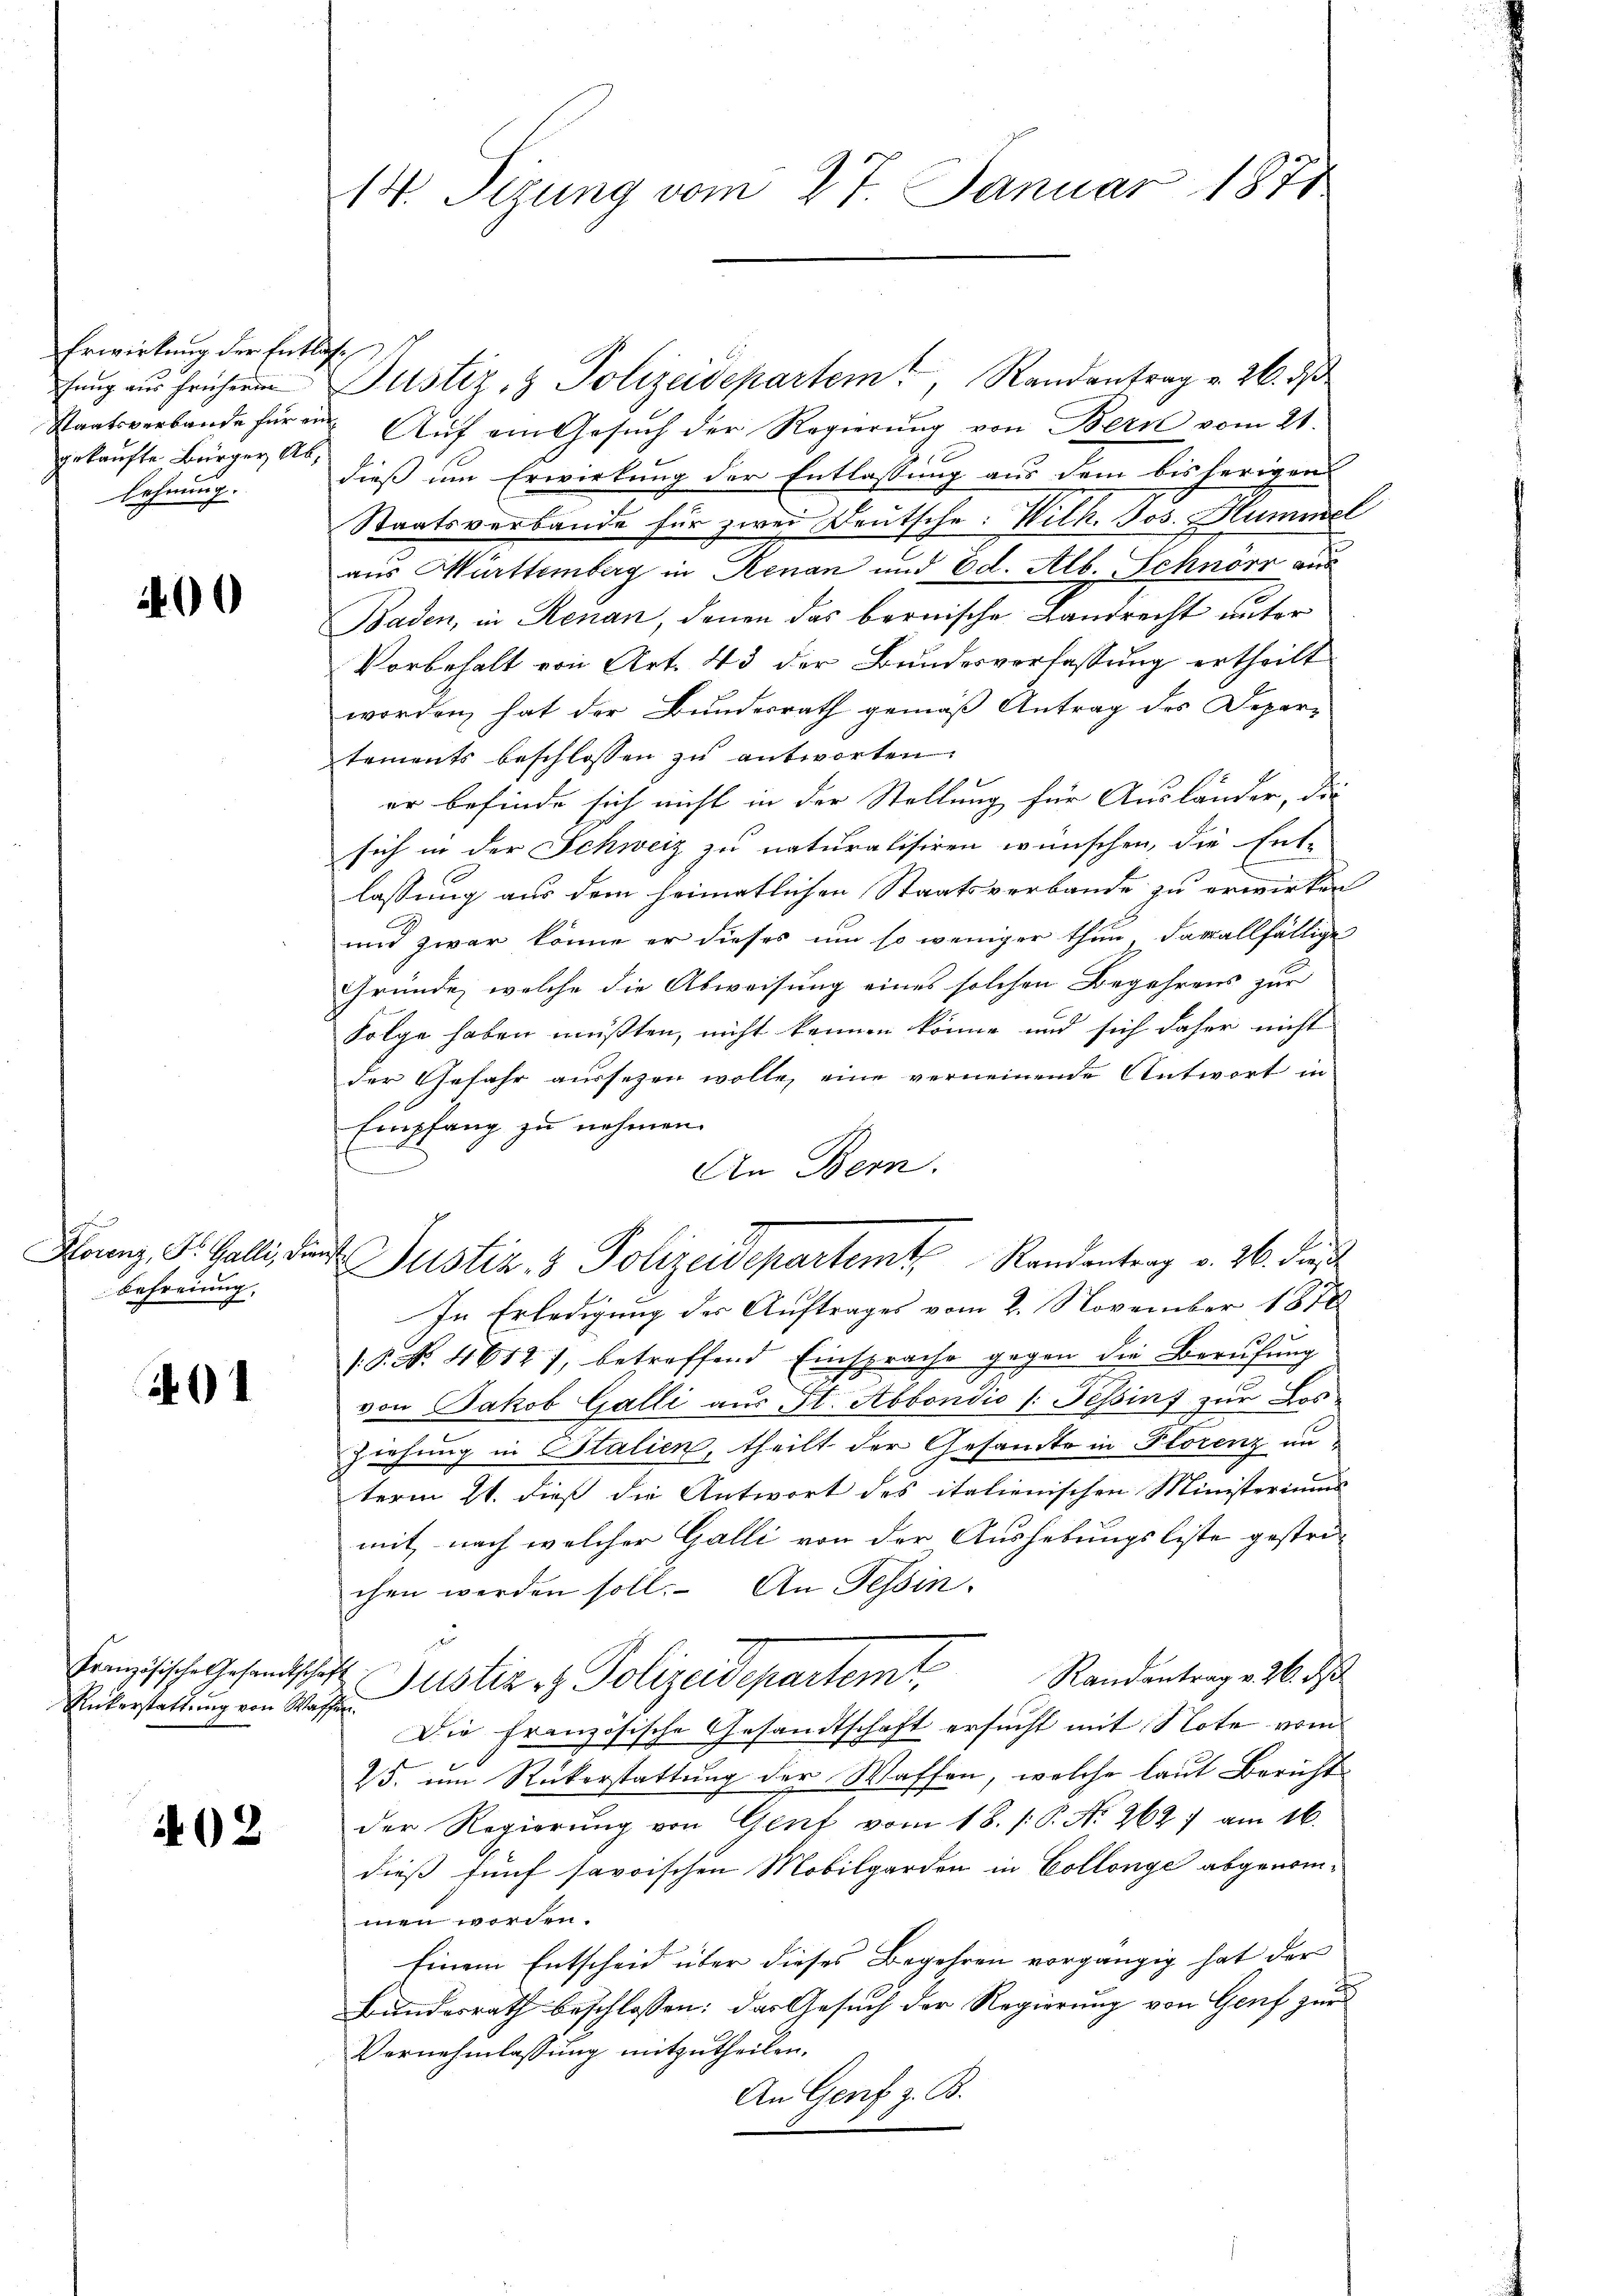
Erwirkung der Entlaße
hung aus früheren
gekaufte Bürger Ablehnung.

00

Hlorenz, Dr. Galli, die
Befreiung,

91

Rükerstattung von Wa¬

402

14 Seung vom 27. Januar 1871

Justiz- & Polizeidepartem Randantrag v. 26. d
Staatsverbande hüren. Auf ein Gesuch der Regierung von Bern vom 21.
dieß im Erwirkung der Entlassung aus dem bisherigen
Staatsverbande für zwei Deutsche. Wilh. Jos. Hummel
aus Mürttemberg in Renan und Od. Alb. Schnörr aus
Baden, in Renan, denen das bernische Landrecht unter
Vorbehalt von Art. 43 der Bundesverfassung ertheilt
worden, hat der Bundesrath gemäß Antrag des Departements beschlossen zu antworten.
er befinde sich nicht in der Stellung für Ausländer, die
sich in der Schweiz zu naturalisiren wünschen, die Ent-
lassung aus dem heimatlichen Staatsverbande zu erwirken
und zwar könne er dieses um so weniger thun, darallfällige
Gründe, welche die Abweisung eines solchen Begehrens zur
Folge haben müßten, nicht kennen könne und sich daher nicht
der Gefahr aussezen wolle, eine verneinende Antwort in
Empfang zu nehmen.
In Erledigung der Auftrages vom 2. November 1878
.P. Nr. 4612), betreffend Einsprache gegen die Berufung
von Jakob Galli aus St. Abbondio /: Tessin zur Los.
Ziehung in Italien, theilt der Gesamte in Florenz anterm 21. dieß die Antwort des italienischen Ministeriums
mit, nach welcher Galli von der Aushebungsliste gestrichen werden soll. An Tessin.
1
Französische sehendschaft Zustiz & Polizeidepartem Randantrage 2. ds
s
Die französische Gesandtschaft ersucht mit Note vom
25. um Rückerstattung der Waffen, welche laut Bericht
der Regierŭng von Genf vom 18. /: P. No 262) am 16.
dieß fünf savoischen Mobilgarden in Collonge abgenommen worden.
Einem Entscheid über dieses Begehren vorgängig hat der
Bundesrath beschlossen: das Gesuch der Regierung von Genf zur
Vernehmlassung mitzutheilen.
An Genf z. B.

An Bern.
 Justiz & Polizeidepartemt, Randantrag v. 26. die